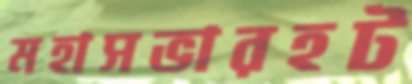
মহাসভারহট